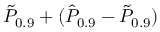
\tilde { P } _ { 0 . 9 } + ( \hat { P } _ { 0 . 9 } - \tilde { P } _ { 0 . 9 } )